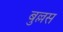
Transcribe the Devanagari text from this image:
बुल्लस